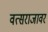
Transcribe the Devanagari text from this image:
वत्सराजावर